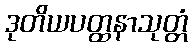
ဒုတိယပတ္ထနာသုတ္တံ